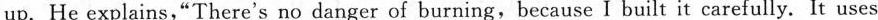
up. He explains,"There's no danger of burning,because I built it carefully. It uses